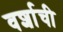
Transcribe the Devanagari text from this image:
वर्शाची